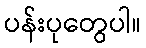
ပန်းပုတွေပါ။